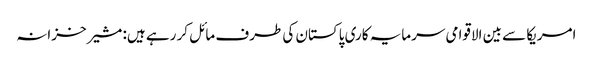
امریکا سے بین الاقوامی سرمایہ کاری پاکستان کی طرف مائل کر رہے ہیں: مشیر خزانہ